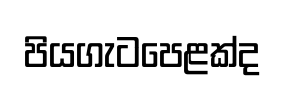
පියගැටපෙළක්ද